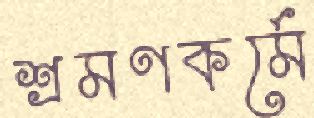
শ্রমণকর্মে